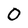
Character: 0